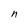
Character: n